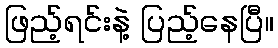
ဖြည့်ရင်းနဲ့ ပြည့်နေပြီ။